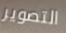
التصوير